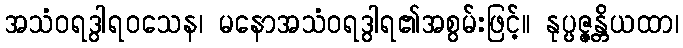
အသံဝရဒွါရဝသေန၊ မနောအသံဝရဒွါရ၏အစွမ်းဖြင့်။ နုပ္ပဇ္ဇန္တိယထာ၊